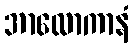
အာလောကာနံ